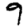
Digit: 9